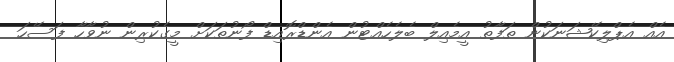
އެއް އެޕްލިކޭޝަނަކުން ތަފާތު އީމެއިލް ބެލެހެއްޓުން އެންޑްރޮއިޑް ފޯނުތަކަށް މީގެކުރިން ނުވާހާ ފަސޭހަ